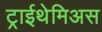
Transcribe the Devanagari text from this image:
ट्राईथेमिअस